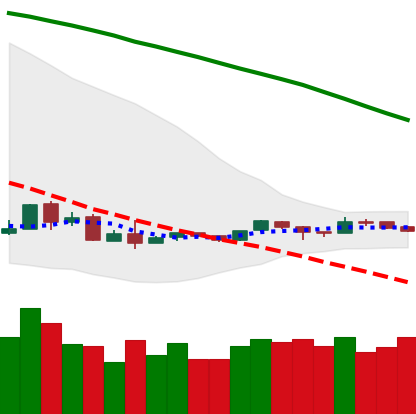
Ticker: ETH-USD
Chart end date: 2018-09-04
Forward return: -31.079%
Label: down_7plus